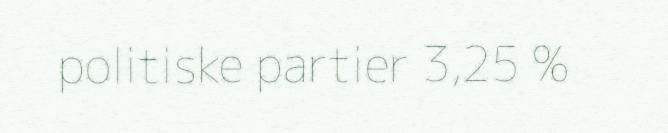
politiske partier 3,25 %